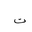
Letter: _ta